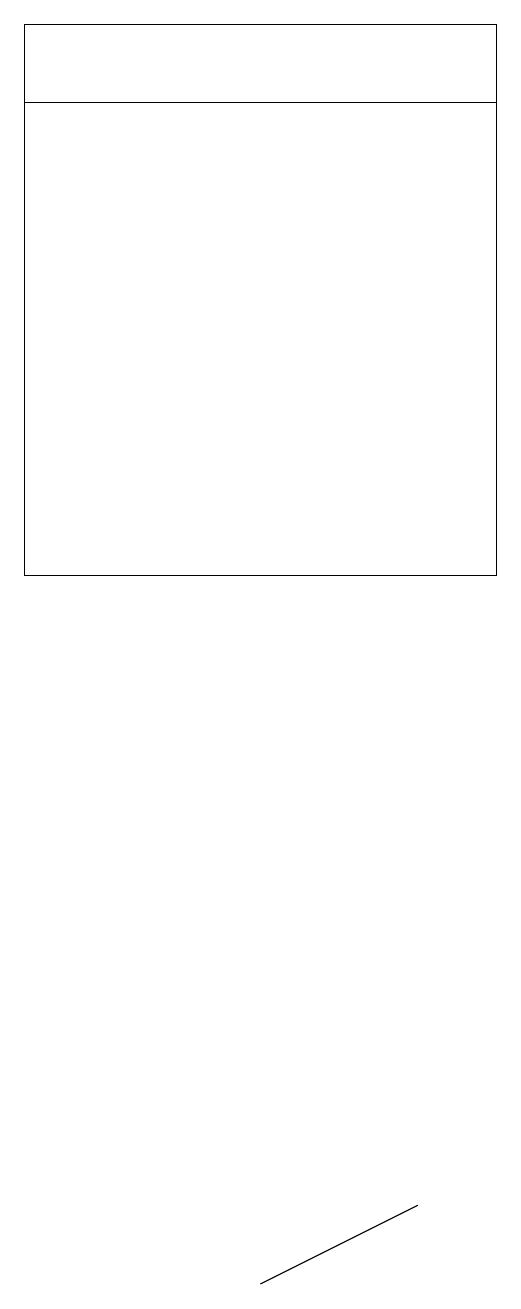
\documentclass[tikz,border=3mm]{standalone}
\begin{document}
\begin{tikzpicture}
\draw (2,18) rectangle (8,19);
\draw (5,3) -- (7,4) -- (7,4) -- cycle;
\draw (2,18) rectangle (8,12);
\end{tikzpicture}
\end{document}